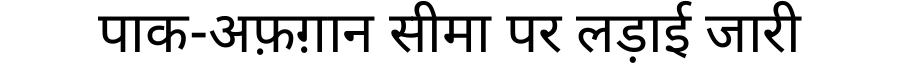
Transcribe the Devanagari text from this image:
पाक-अफ़ग़ान सीमा पर लड़ाई जारी